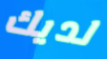
لديك